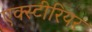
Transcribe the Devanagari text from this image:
एक्स्टीरियर